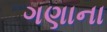
ગણાના